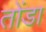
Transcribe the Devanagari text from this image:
तोंडा